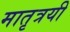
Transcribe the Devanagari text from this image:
मातृत्रयी